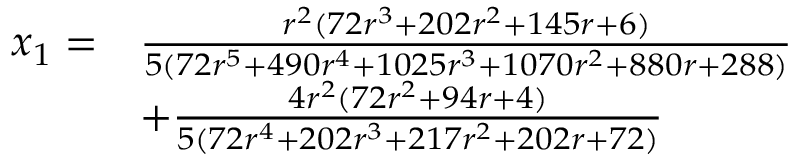
\begin{array} { r l } { x _ { 1 } = } & { \frac { r ^ { 2 } ( 7 2 r ^ { 3 } + 2 0 2 r ^ { 2 } + 1 4 5 r + 6 ) } { 5 ( 7 2 r ^ { 5 } + 4 9 0 r ^ { 4 } + 1 0 2 5 r ^ { 3 } + 1 0 7 0 r ^ { 2 } + 8 8 0 r + 2 8 8 ) } } \\ & { + \frac { 4 r ^ { 2 } ( 7 2 r ^ { 2 } + 9 4 r + 4 ) } { 5 ( 7 2 r ^ { 4 } + 2 0 2 r ^ { 3 } + 2 1 7 r ^ { 2 } + 2 0 2 r + 7 2 ) } } \end{array}